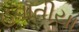
હવાતીયા